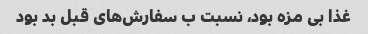
غذا بی مزه بود، نسبت ب سفارش‌های قبل بد بود